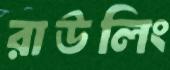
রাউলিং